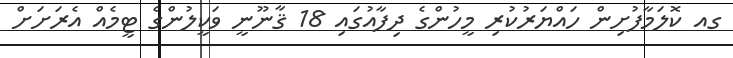
ގއ ކޮލަމާފުށިން ހައްޔަރުކުރި މީހުންގެ ދިފާއުގައި 18 ޤާނޫނީ ވަކީލުންގެ ޓީމެއް އެރަށަށް